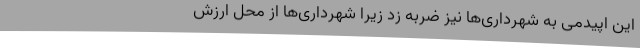
این اپیدمی به شهرداری‌ها نیز ضربه زد زیرا شهرداری‌ها از محل ارزش